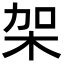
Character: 架